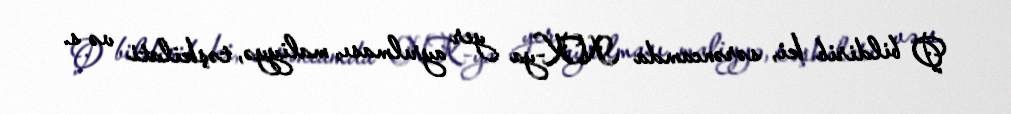
O bildirib ki, sərəncamda NK-ya yer ayrılması, maliyyə, təşkilati və s.